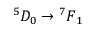
^ 5 D _ { 0 } \rightarrow { ^ 7 F } _ { 1 }